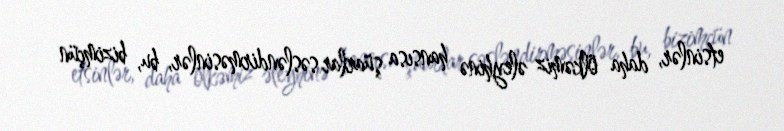
etsinlər, daha ölkəmiz əleyhinə hansısa şüarlar səsləndirməsinlər, bu, bizimçün